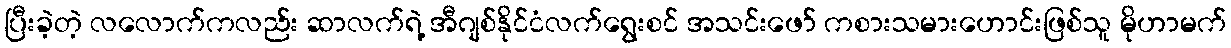
ပြီးခဲ့တဲ့ လလောက်ကလည်း ဆာလက်ရဲ့ အီဂျစ်နိုင်ငံလက်ရွေးစင် အသင်းဖော် ကစားသမားဟောင်းဖြစ်သူ မိုဟာမက်